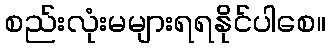
စည်းလုံးမများရရနိုင်ပါစေ။